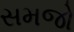
સમજો